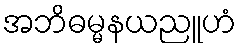
အဘိဓမ္မနယညူဟံ